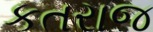
કતરાજ